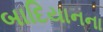
બાદિયાનના